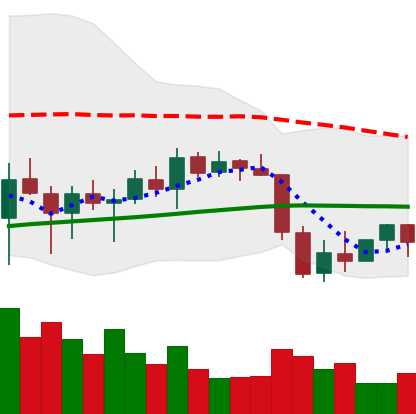
Ticker: ETH-USD
Chart end date: 2022-01-03
Forward return: -17.797%
Label: down_7plus